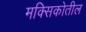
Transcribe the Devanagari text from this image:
मक्सिकोतील